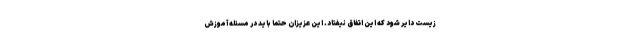
زیست دایر شود که این اتفاق نیفتاد. این عزیزان حتما باید در مسئله آموزش